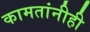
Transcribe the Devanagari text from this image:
कामतांनीही